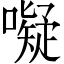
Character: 㘈